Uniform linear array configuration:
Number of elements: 48
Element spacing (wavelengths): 1
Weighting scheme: exponential
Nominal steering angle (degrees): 30
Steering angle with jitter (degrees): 30.758
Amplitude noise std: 0.05
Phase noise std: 0.05

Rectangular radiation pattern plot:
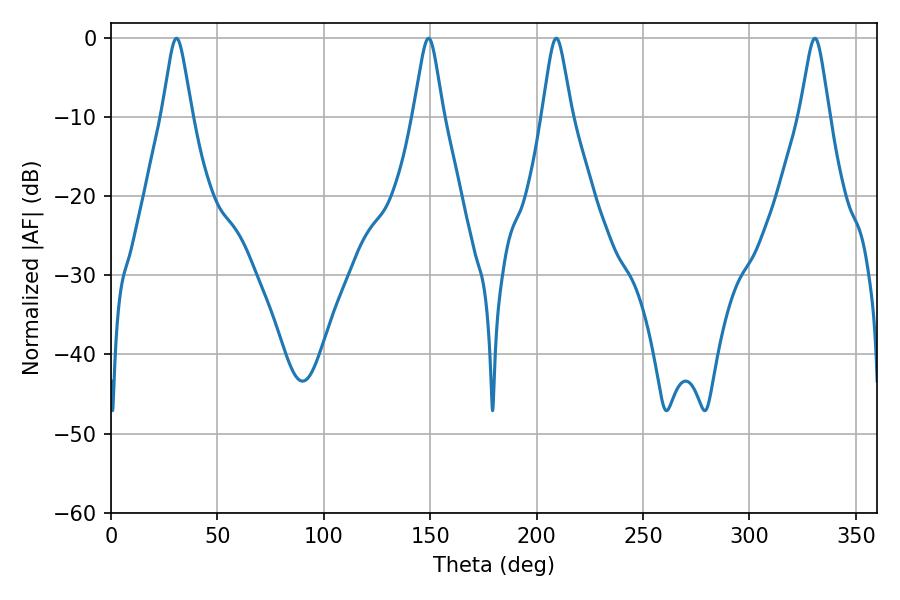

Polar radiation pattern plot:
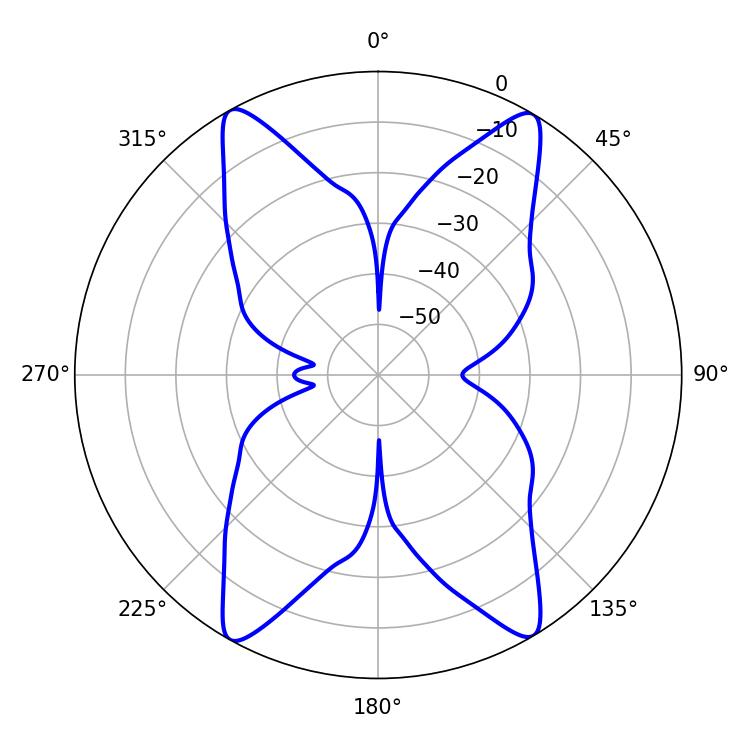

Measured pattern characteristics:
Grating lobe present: TRUE
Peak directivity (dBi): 23.91
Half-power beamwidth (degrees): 6.66
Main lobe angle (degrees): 30.78